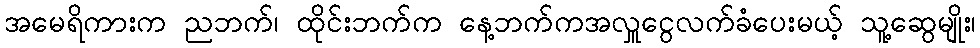
အမေရိကားက ညဘက်၊ ထိုင်းဘက်က နေ့ဘက်ကအလှူငွေလက်ခံပေးမယ့် သူ့ဆွေမျိုး၊